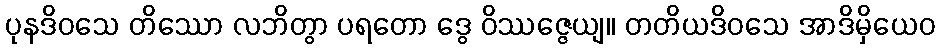
ပုနဒိဝသေ တိဿော လဘိတွာ ပရတော ဒွေ ဝိဿဇ္ဇေယျ။ တတိယဒိဝသေ အာဒိမှိယေဝ